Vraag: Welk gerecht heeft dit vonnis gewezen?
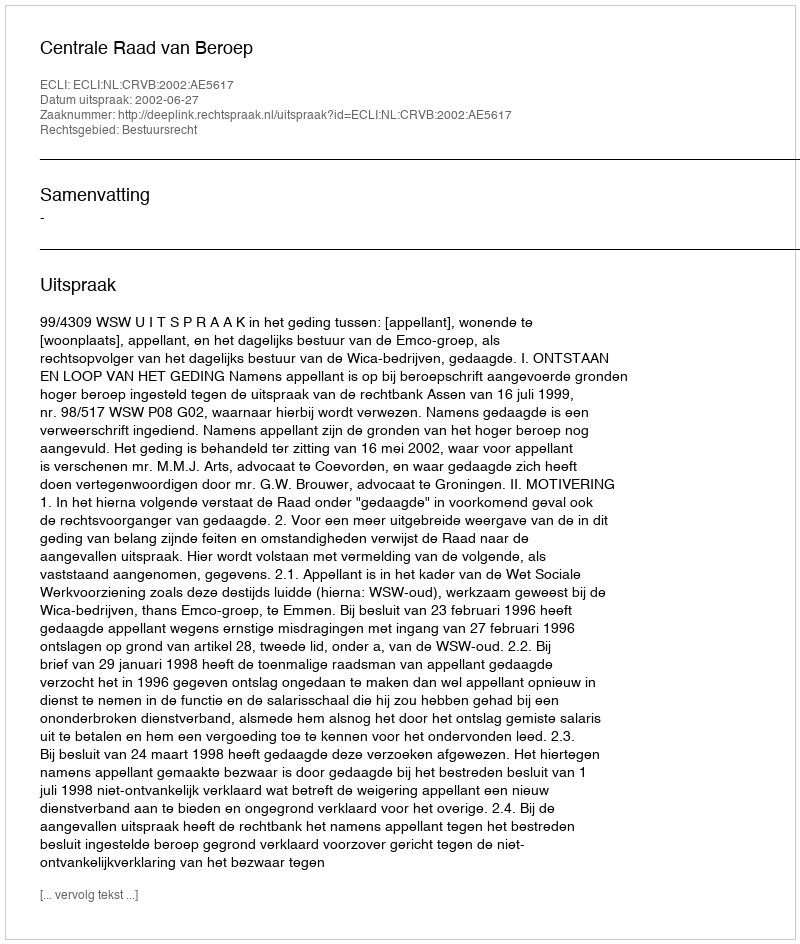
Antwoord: Centrale Raad van Beroep